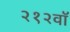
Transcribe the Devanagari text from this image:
२१२वॉ